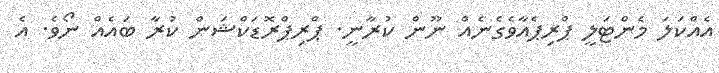
އެއްކަލަ މެންޓަލީ ޕްރިޕެއާވެގެނެއް ނޫން ކުރާނީ. ޕްރިޕްރޮޑަކްޝަން ކުރާ ބައެއް ނޯވެ. އެ